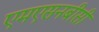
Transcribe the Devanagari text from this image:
एमएसनबीसी